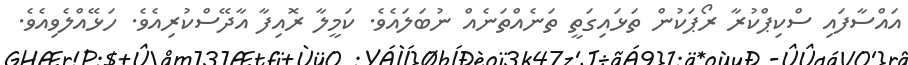
އައްސާފައި ސްކިޕްކުރާ ރޯޕަކުން ތަޅައިގަތީ ތަނެއްތަނެއް ނުބަލައެވެ. ކަމީލާ ރޮއިފާ އާދޭސްކުރިއެވެ. ހަޅޭއްލެވިއެވެ.